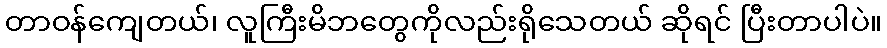
တာဝန်ကျေတယ်၊ လူကြီးမိဘတွေကိုလည်းရိုသေတယ် ဆိုရင် ပြီးတာပါပဲ။